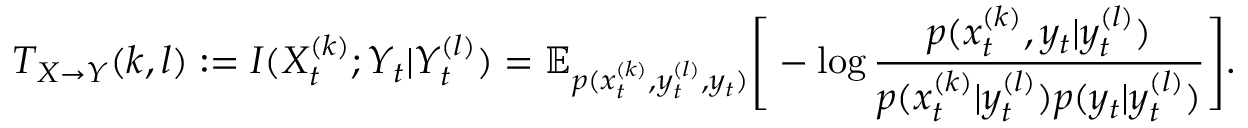
T _ { X \rightarrow Y } ( k , l ) : = I ( X _ { t } ^ { ( k ) } ; Y _ { t } | Y _ { t } ^ { ( l ) } ) = \mathbb { E } _ { p ( x _ { t } ^ { ( k ) } , y _ { t } ^ { ( l ) } , y _ { t } ) } \Bigg [ - \log \frac { p ( x _ { t } ^ { ( k ) } , y _ { t } | y _ { t } ^ { ( l ) } ) } { p ( x _ { t } ^ { ( k ) } | y _ { t } ^ { ( l ) } ) p ( y _ { t } | y _ { t } ^ { ( l ) } ) } \Bigg ] .